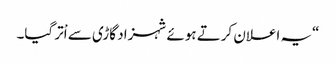
“یہ اعلان کرتے ہوئے شہزاد گاڑی سے اْتر گیا۔